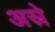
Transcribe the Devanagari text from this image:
अस्रे